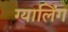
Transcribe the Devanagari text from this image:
ग्यालिंग